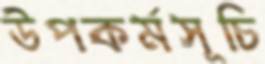
উপকর্মসূচি